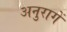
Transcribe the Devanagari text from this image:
अनुरागें